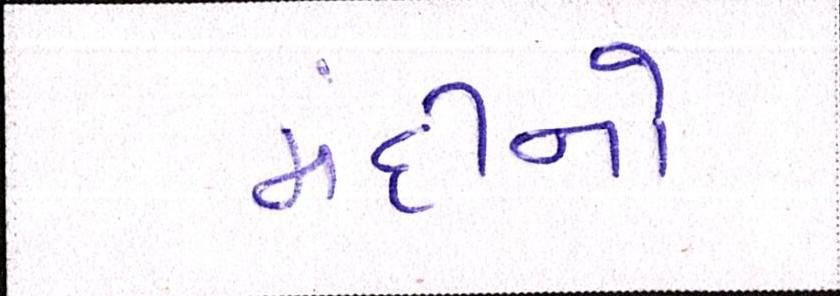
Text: મંદીનો